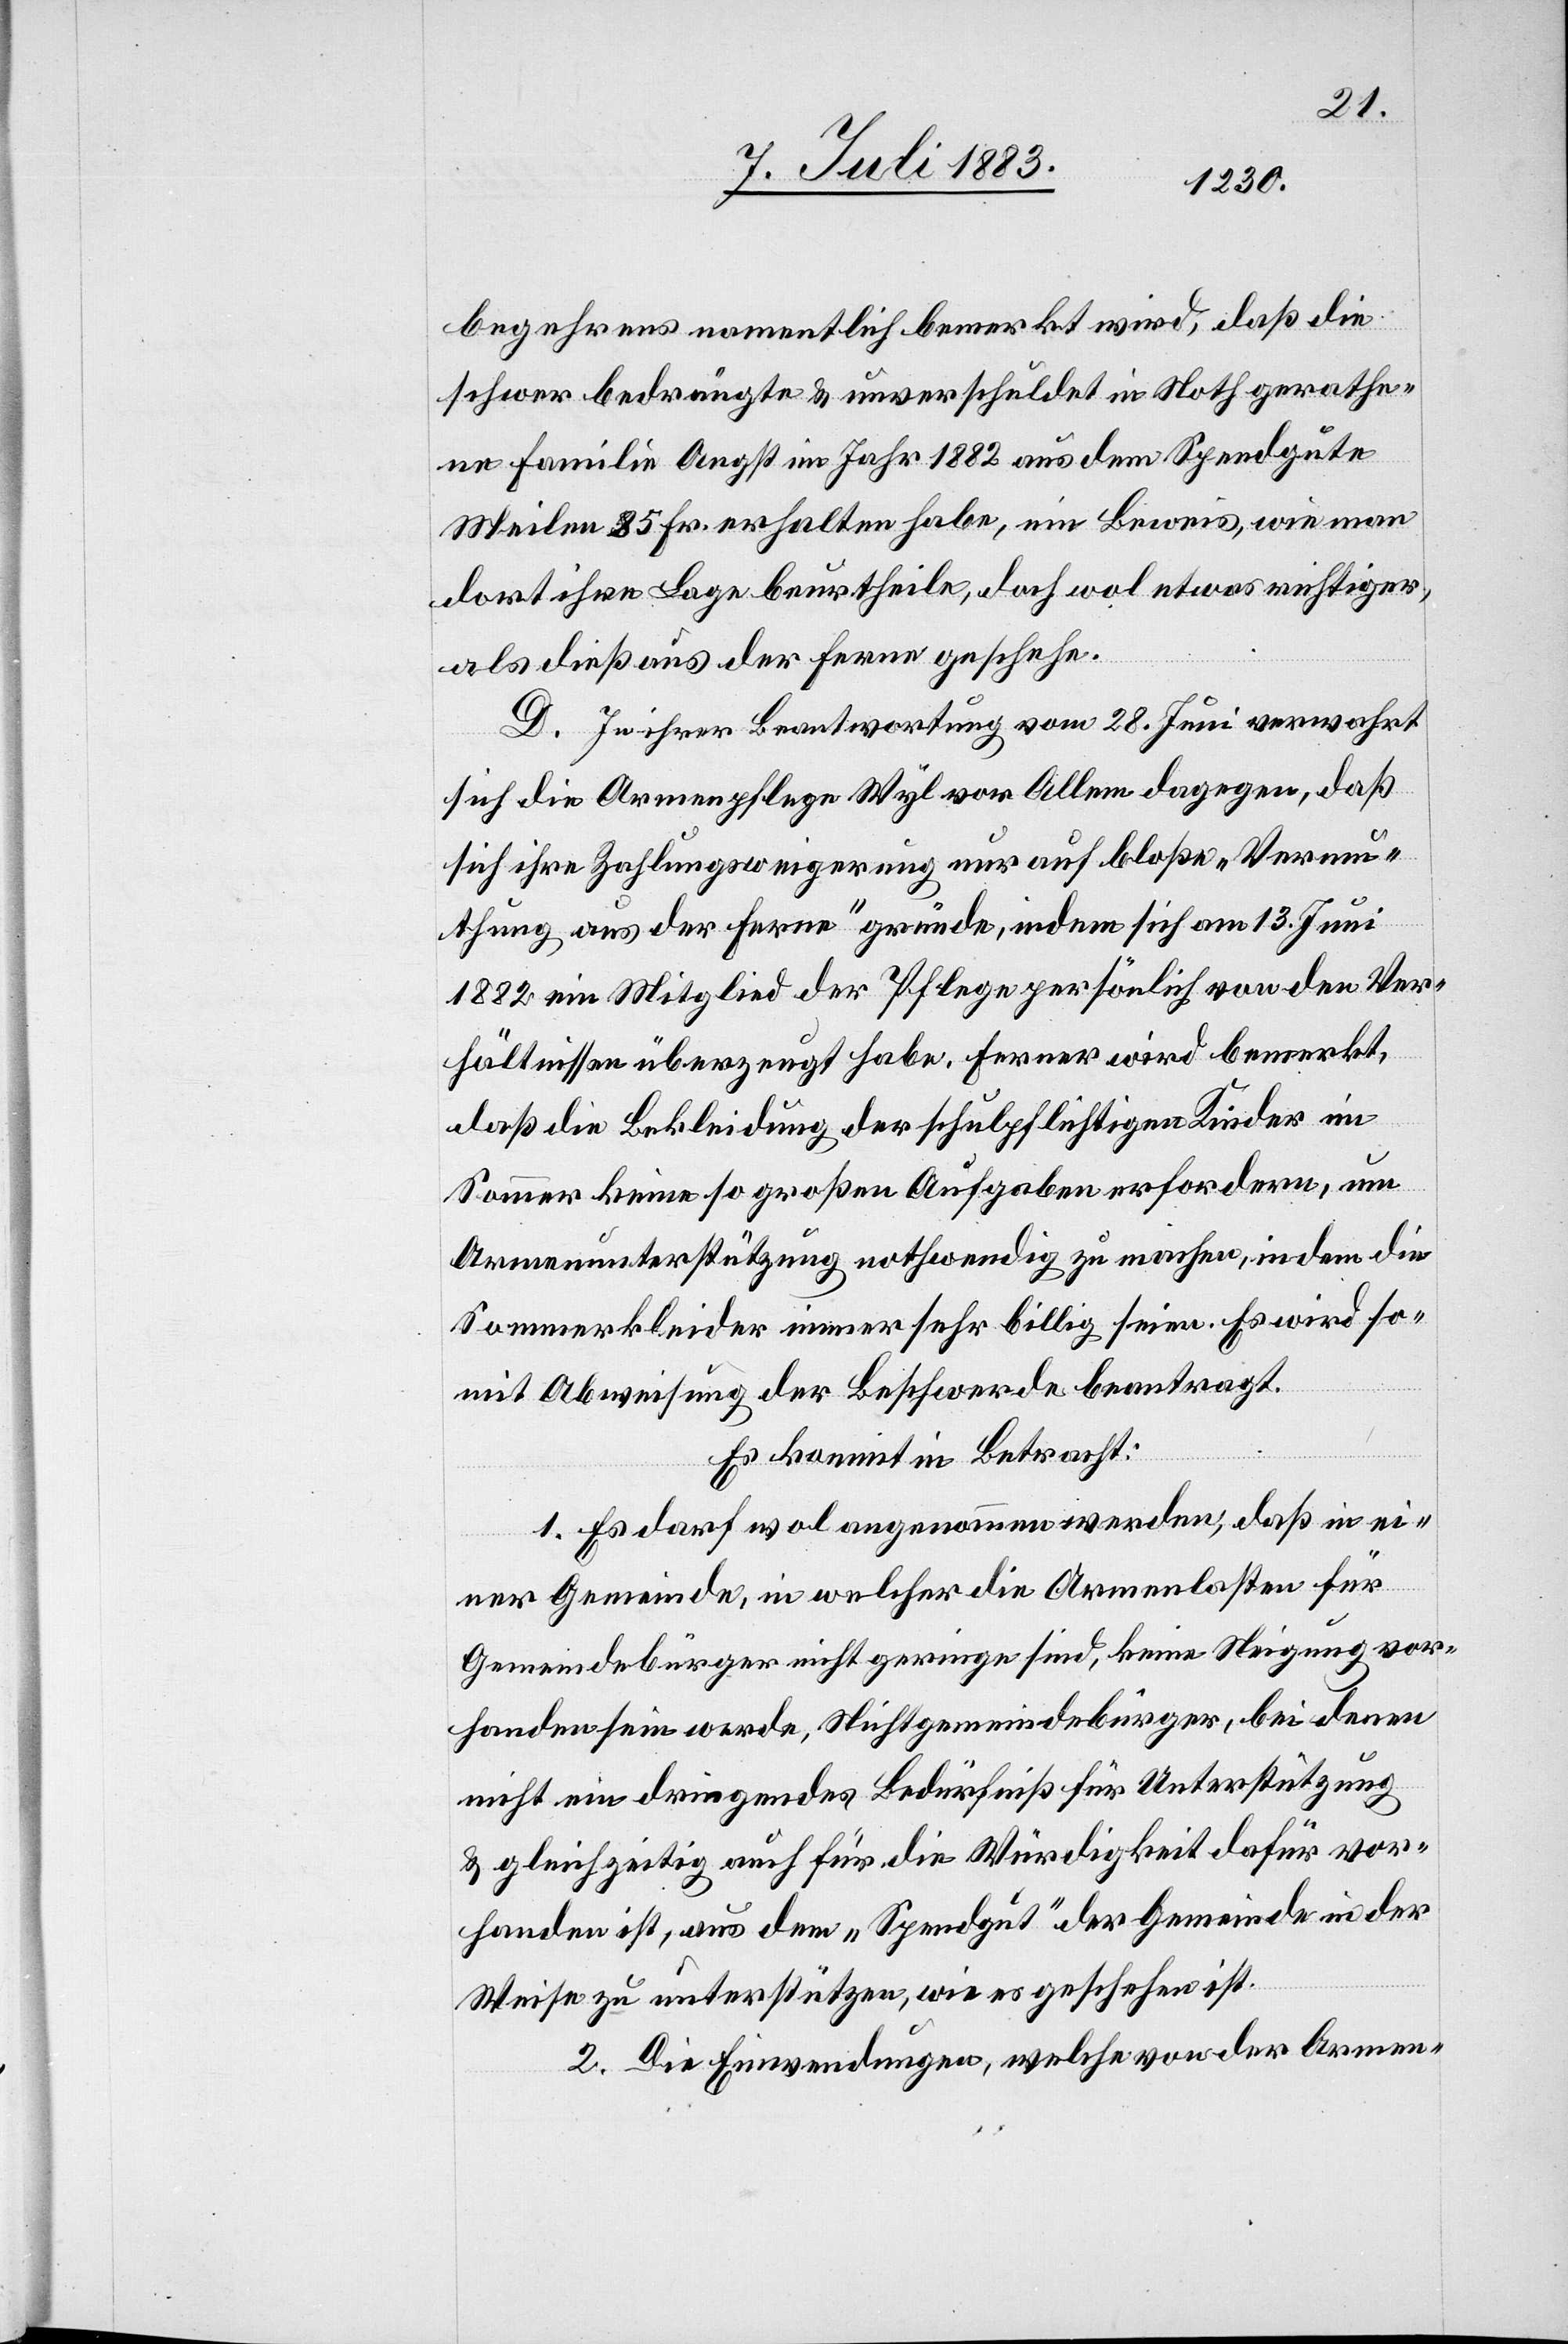
begehrens namentlich bemerkt wird, daß die
schwer bedrängte & unverschuldet in Noth gerathe¬
ne Familie Angst im Jahr 1882 aus dem Spendgute
Meilen 85 Fr. erhalten habe, ein Beweis, wie man
dort ihre Lage beurtheile, doch wol etwas richtiger,
als dieß aus der Ferne geschehe.
D. In ihrer Beantwortung vom 28. Juni verwahrt
sich die Armenpflege Wyl vor Allem dagegen, daß
sich ihre Zahlungsweigerung nur auf bloße „Vermu¬
thung aus der Ferne“ gründe, indem sich am 13. Juni
1882 ein Mitglied der Pflege persönlich von den Ver¬
hältnissen überzeugt habe. Ferner wird bemerkt,
daß die Bekleidung der schulpflichtigen Kinder im
Sommer keine so große Ausgabe erfordere, um
Armenunterstützung nothwendig zu machen, indem die
Sommerkleider immer sehr billig seien. Es wird so¬
mit Abweisung der Beschwerde beantragt.
Es kommt in Betracht:
1. Es darf wol angenommen werden, daß in ei¬
ner Gemeinde, in welcher die Armenkosten für
Gemeindebürger nicht geringe sind, keine Neigung vor¬
handen sein würde, Nichtgemeindebürger, bei denen
nicht ein dringendes Bedürfniß für Unterstützung
& gleichzeitig auch für die Würdigkeit dafür vor¬
handen ist [sic!], aus dem „Spendgut“ der Gemeinde in der
Weise zu unterstützen, wie es geschehen ist.
2. Die Einwendungen, welche von der Armen-